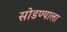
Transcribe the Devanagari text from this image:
सोडण्याला